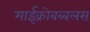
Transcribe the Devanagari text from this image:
माईक्रोबब्बलस